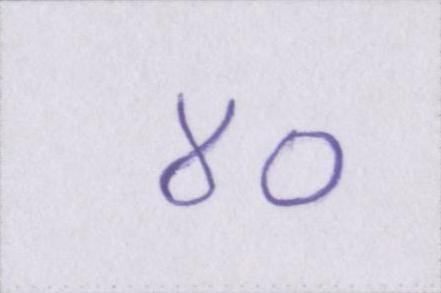
४०